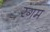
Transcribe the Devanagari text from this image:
रंगम